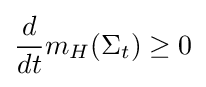
{\frac {d}{dt}}m_{H}(\Sigma _{t})\geq 0